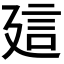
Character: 𧥡